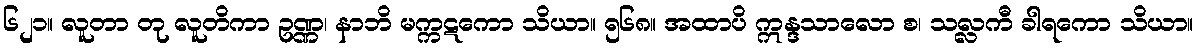
၆၂၁။ လူတာ တု လူတိကာ ဥဏ္ဏ၊ နာဘိ မက္ကဋကော သိယာ။ ၅၆၈။ အထာပိ ဣန္ဒသာလော စ၊ သလ္လကီ ခါရကော သိယာ။